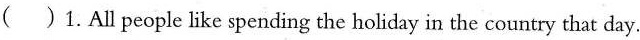
()1.All people like spending the holiday in the country that day.